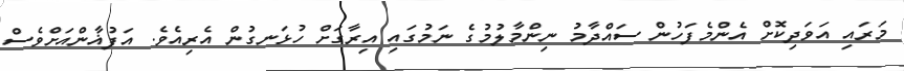
މަރައި އަވަދިކޮށް އެންމެފަހުން ސައްދާމު ނިންމާލުމުގެ ނަމުގައި އިރާގަށް ހުޅަނގުން އެރިއެވެ. އަފުޣާންއަށްވެސް